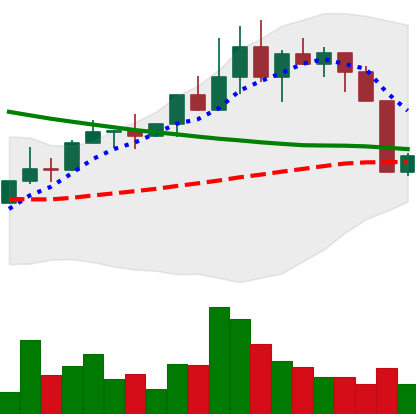
Ticker: NEO-USD
Chart end date: 2022-04-07
Forward return: -12.59%
Label: down_7plus